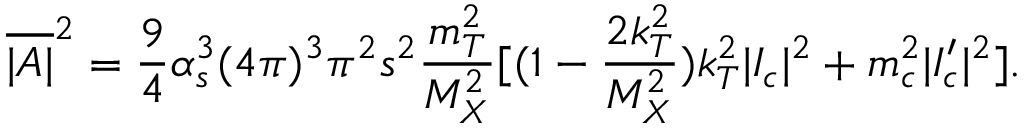
\overline { { { | { \cal A } | } } } ^ { 2 } = \frac { 9 } { 4 } \alpha _ { s } ^ { 3 } ( 4 \pi ) ^ { 3 } \pi ^ { 2 } s ^ { 2 } \frac { m _ { T } ^ { 2 } } { M _ { X } ^ { 2 } } [ ( 1 - \frac { 2 k _ { T } ^ { 2 } } { M _ { X } ^ { 2 } } ) k _ { T } ^ { 2 } | { \cal I } _ { c } | ^ { 2 } + m _ { c } ^ { 2 } | { \cal I } _ { c } ^ { \prime } | ^ { 2 } ] .